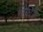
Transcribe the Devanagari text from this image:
रिविरे